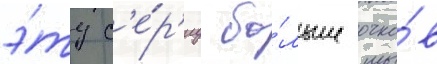
э́ту с'е́р'иу бо́льше очко́в